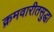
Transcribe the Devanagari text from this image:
क्रमवारीतसुद्धा